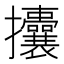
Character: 攮